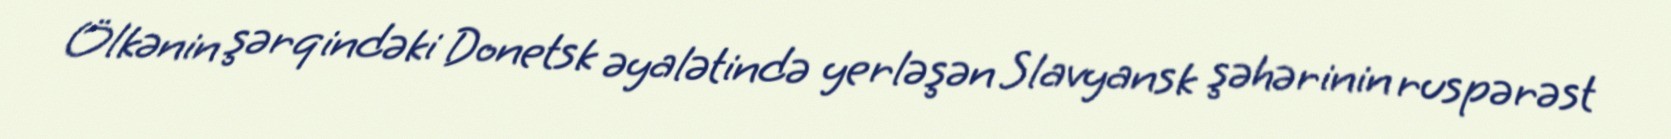
Ölkənin şərqindəki Donetsk əyalətində yerləşən Slavyansk şəhərinin ruspərəst